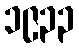
၁၉၃၃